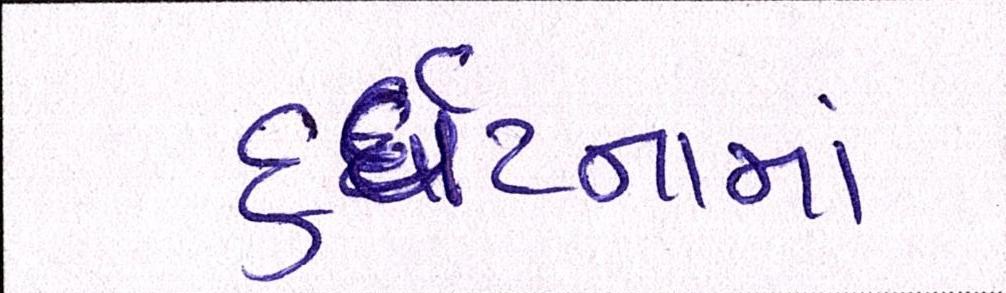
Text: દુર્ઘટનામાં